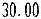
30.00